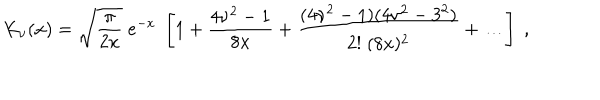
LaTeX: K _ { \nu } ( x ) = \sqrt { \frac { \pi } { 2 x } } \; e ^ { - x } \; \left[ 1 + { \frac { 4 \nu ^ { 2 } - 1 } { 8 x } } + { \frac { ( 4 \nu ^ { 2 } - 1 ) ( 4 \nu ^ { 2 } - 3 ^ { 2 } ) } { 2 ! \; ( 8 x ) ^ { 2 } } } + \dots \right] \; ,